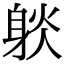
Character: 𨉇